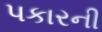
પકારની